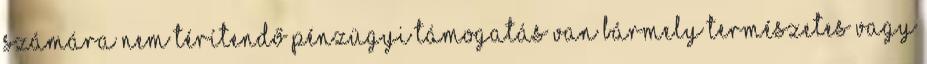
számára nem térítendő pénzügyi támogatás van bármely természetes vagy